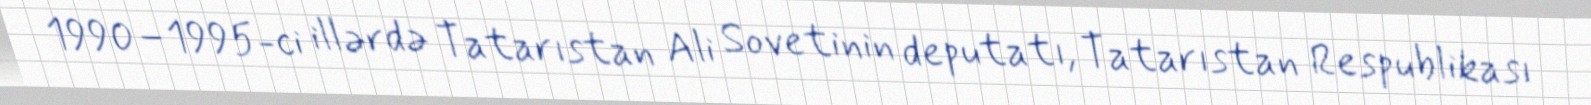
1990–1995-ci illərdə Tatarıstan Ali Sovetinin deputatı, Tatarıstan Respublikası